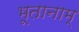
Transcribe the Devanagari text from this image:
भूतानाम्